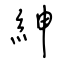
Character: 紳